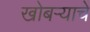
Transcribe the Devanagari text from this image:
खोबऱ्याचे